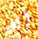
أين